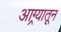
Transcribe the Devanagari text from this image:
आग्र्यातून